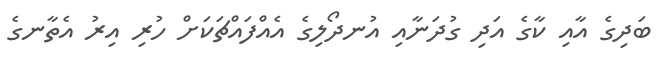
ބަދިގެ އާއި ކާގެ އަދި ގުދަނާއި އުނދޯލިގެ އެއްފައްޗަކަށް ހުރި އިރު އެތާނގެ